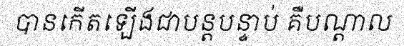
បានកើតឡើងជាបន្តបន្ទាប់ គឺបណ្តាល